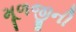
મૂળજીની